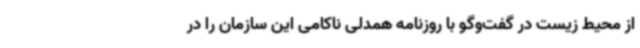
از محیط‌ زیست در گفت‌وگو با روزنامه همدلی ناکامی این سازمان را در